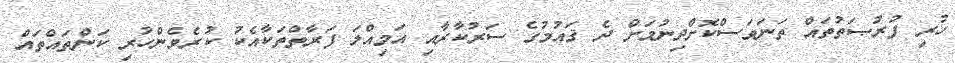
ހުރި ފުރުޞަތުތައް ތަނަވަސްކޮށްދިނުމަށް ދެ ޤައުމުގެ ސަރުކާރާއި އަމިއްލަ ފަރާތްތަކާއެކު ކުރެވެންހުރި ކަންތައްތައް